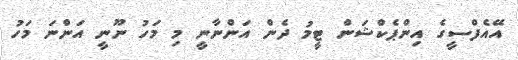
އޭއެފްސީގެ އިންޕެކްޝަން ޓީމު ދެން އަންނާނީ މި މަހު ނޫނީ އަންނަ މަހު